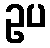
ဥပ